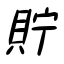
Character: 貯